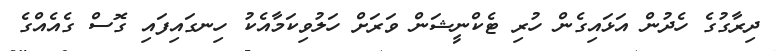
ދިރާގުގެ ހެދުން އަޅައިގެން ހުރި ޓެކްނީޝަން ވަރަށް ހަލުވިކަމާއެކު ހިނގައިފައި ގޮސް ގެއެއްގެ